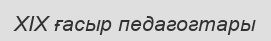
XIX ғасыр педагогтары